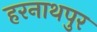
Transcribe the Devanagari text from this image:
हरनाथपुर